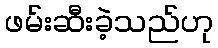
ဖမ်းဆီးခဲ့သည်ဟု